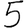
Digit: 5